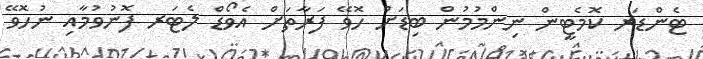
ޓެންޑަރ ކޮމެޓީން ނިންމުމުން ބިޑަށް ހޮވޭ ފަރާތަށް އެވޯޑް ލެޓަރ ފޮނުވުމާއި ނުހޮވޭ